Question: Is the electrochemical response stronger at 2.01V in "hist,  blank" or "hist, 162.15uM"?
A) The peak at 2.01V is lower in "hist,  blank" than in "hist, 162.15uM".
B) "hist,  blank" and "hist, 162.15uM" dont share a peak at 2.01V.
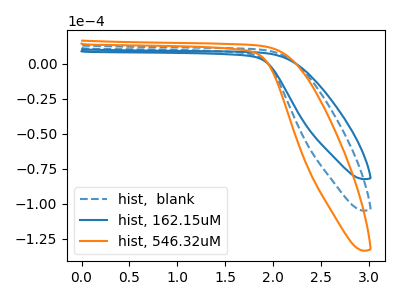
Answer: <think>The blue dashed curve "hist,  blank" has no peaks. The blue curve "hist, 162.15uM" has no peaks. The orange curve "hist, 546.32uM" has no peaks.</think>
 <answer>B) "hist,  blank" and "hist, 162.15uM" dont share a peak at 2.01V.</answer>
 <eval>B</eval>